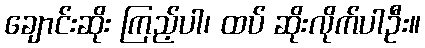
ချောင်းဆိုး ကြည့်ပါ၊ ထပ် ဆိုးလိုက်ပါဦး။